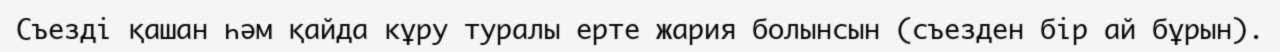
Съезді қашан һәм қайда кұру туралы ерте жария болынсын (съезден бір ай бұрын).